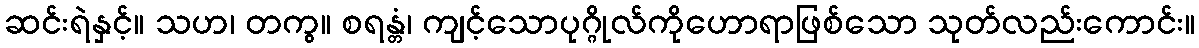
ဆင်းရဲနှင့်။ သဟ၊ တကွ။ စရန္တံ၊ ကျင့်သောပုဂ္ဂိုလ်ကိုဟောရာဖြစ်သော သုတ်လည်းကောင်း။